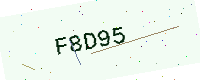
Text: F8D95